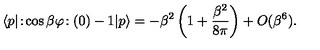
\langle p | \! : \! \cos \beta \varphi \! : ( 0 ) - 1 | p \rangle = - \beta ^ { 2 } \left( 1 + \frac { \beta ^ { 2 } } { 8 \pi } \right) + O ( \beta ^ { 6 } ) .